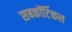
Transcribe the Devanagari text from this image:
सबकॉर्टिकल